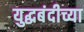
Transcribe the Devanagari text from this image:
युद्धबंदीच्या